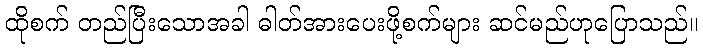
ထိုစက် တည်ပြီးသောအခါ ဓါတ်အားပေးဖို့စက်များ ဆင်မည်ဟုပြောသည်။